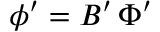
\boldsymbol \phi ^ { \prime } = B ^ { \prime } \, \boldsymbol \Phi ^ { \prime }